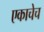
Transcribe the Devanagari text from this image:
एकाचेच